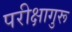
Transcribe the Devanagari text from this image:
परीक्षागुरू